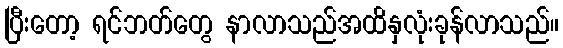
ပြီးတော့ ရင်ဘတ်တွေ နာလာသည်အထိနှလုံးခုန်လာသည်။